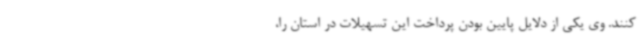
کنند. وی یکی از دلایل پایین بودن پرداخت این تسهیلات در استان را،